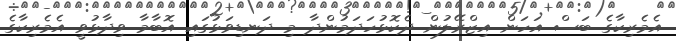
އެމެރިކާގެ ބަސް އަހަން އިޒްރޭލުން ދެކޮޅުހަދަމުންދާ މި ދަނޑިވަޅުގައި އޮބާމާ ވިދާޅުވީ އެމެރިކާގެ